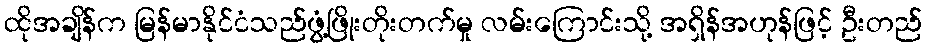
ထိုအချိန်က မြန်မာနိုင်ငံသည်ဖွံ့ဖြိုးတိုးတက်မှု လမ်းကြောင်းသို့ အရှိန်အဟုန်ဖြင့် ဦးတည်